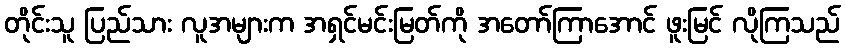
တိုင်းသူ ပြည်သား လူအများက အရှင်မင်းမြတ်ကို အတော်ကြာအောင် ဖူးမြင် လိုကြသည်